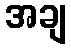
အချ